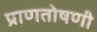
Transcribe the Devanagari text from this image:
प्राणतोषणी